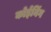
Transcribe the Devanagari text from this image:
कोईनिंग